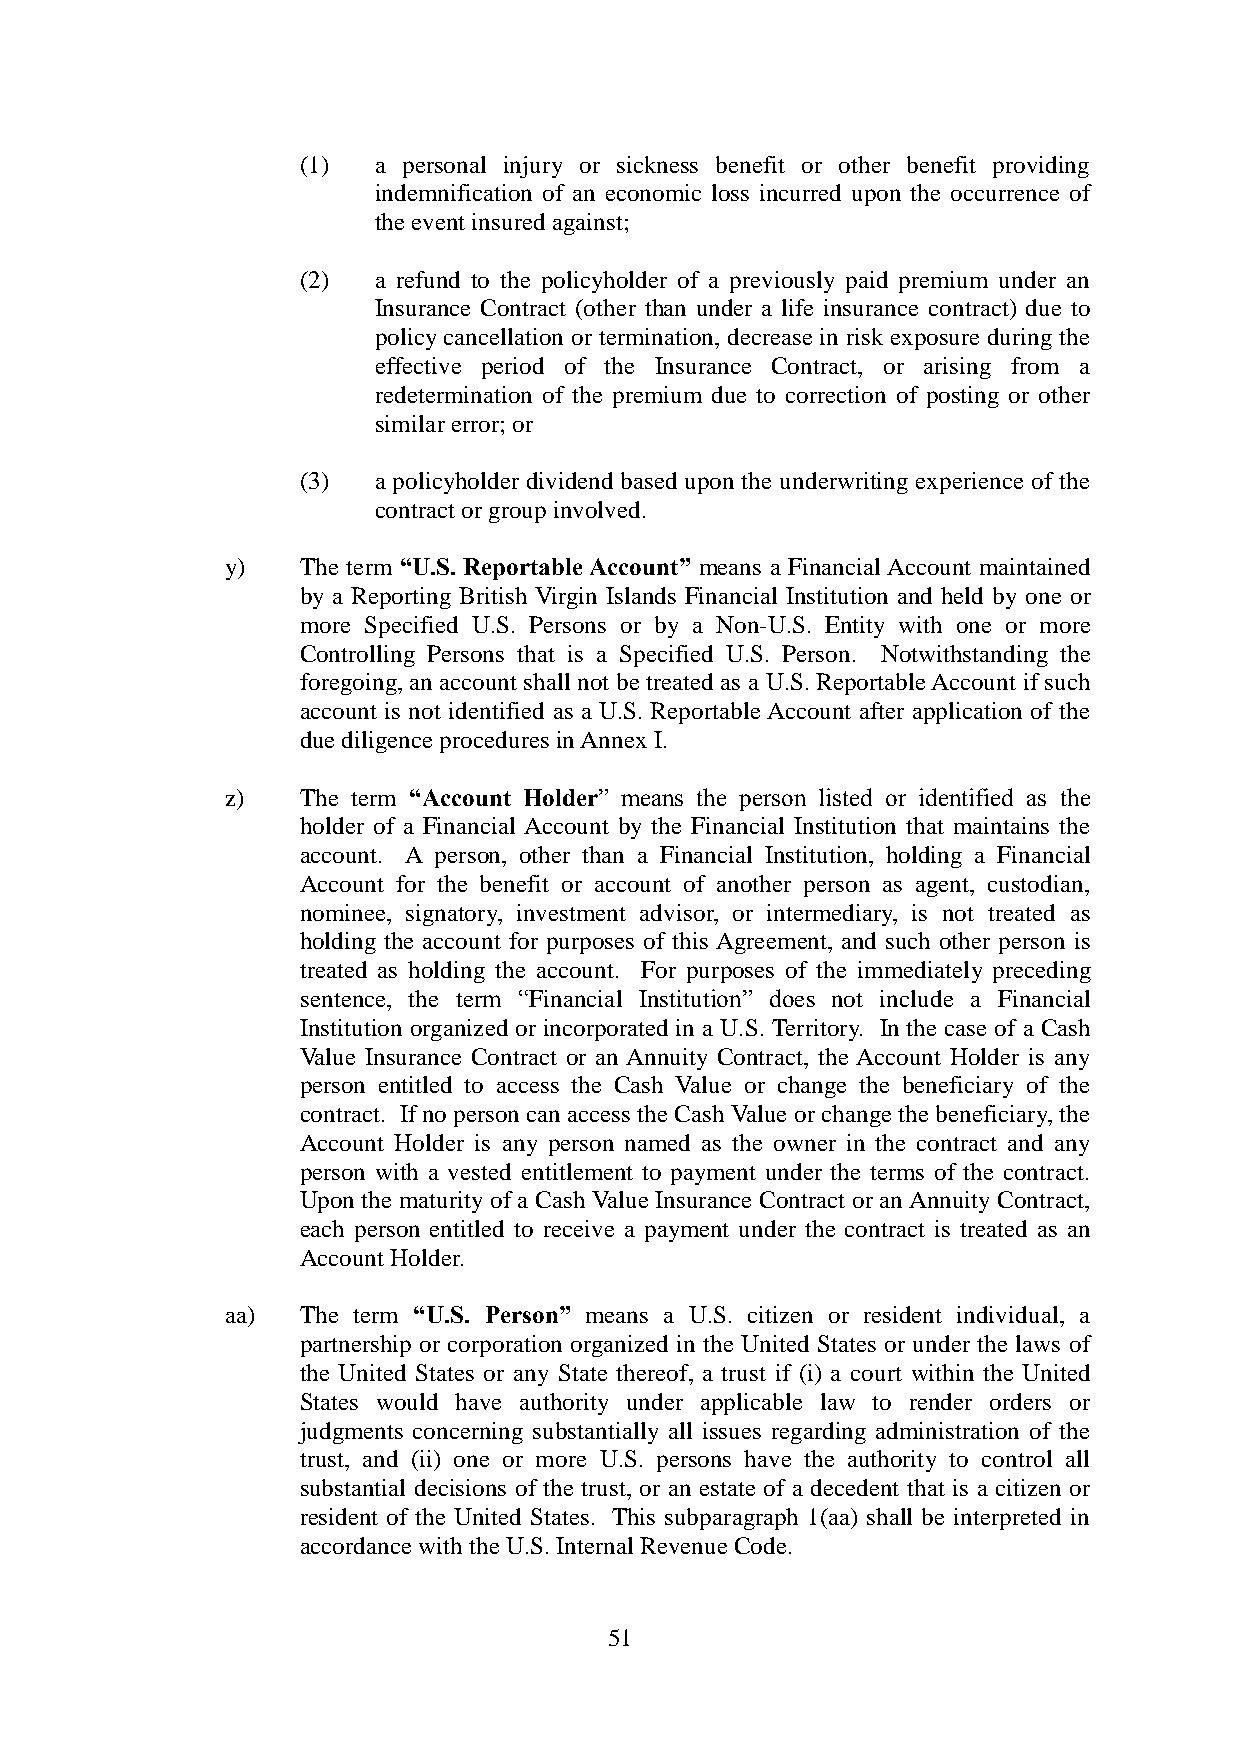
(1)  a personal injury or sickness benefit or other benefit providing
 indemnification of an economic loss incurred upon the occurrence of
 the event insured against;
 (2)  a refund to the policyholder of a previously paid premium under an
 Insurance Contract (other than under a life insurance contract) due to
 policy cancellation or termination, decrease in risk exposure during the
 effective period of the Insurance Contract, or arising from a
 redetermination of the premium due to correction of posting or other
 similar error; or
 (3)  a policyholder dividend based upon the underwriting experience of the
 contract or group involved.
 y)   The term “U.S. Reportable Account” means a Financial Account maintained
 by a Reporting British Virgin Islands Financial Institution and held by one or
 more Specified U.S. Persons or by a Non-U.S. Entity with one or more
 Controlling Persons that is a Specified U.S. Person. Notwithstanding the
 foregoing, an account shall not be treated as a U.S. Reportable Account if such
 account is not identified as a U.S. Reportable Account after application of the
 due diligence procedures in Annex I.
 z)   The term “Account Holder” means the person listed or identified as the
 holder of a Financial Account by the Financial Institution that maintains the
 account. A person, other than a Financial Institution, holding a Financial
 Account for the benefit or account of another person as agent, custodian,
 nominee, signatory, investment advisor, or intermediary, is not treated as
 holding the account for purposes of this Agreement, and such other person is
 treated as holding the account. For purposes of the immediately preceding
 sentence, the term “Financial Institution” does not include a Financial
 Institution organized or incorporated in a U.S. Territory. In the case of a Cash
 Value Insurance Contract or an Annuity Contract, the Account Holder is any
 person entitled to access the Cash Value or change the beneficiary of the
 contract. If no person can access the Cash Value or change the beneficiary, the
 Account Holder is any person named as the owner in the contract and any
 person with a vested entitlement to payment under the terms of the contract.
 Upon the maturity of a Cash Value Insurance Contract or an Annuity Contract,
 each person entitled to receive a payment under the contract is treated as an
 Account Holder.
 aa)  The term “U.S. Person” means a U.S. citizen or resident individual, a
 partnership or corporation organized in the United States or under the laws of
 the United States or any State thereof, a trust if (i) a court within the United
 States would have authority under applicable law to render orders or
 judgments concerning substantially all issues regarding administration of the
 trust, and (ii) one or more U.S. persons have the authority to control all
 substantial decisions of the trust, or an estate of a decedent that is a citizen or
 resident of the United States. This subparagraph 1(aa) shall be interpreted in
 accordance with the U.S. Internal Revenue Code.
 51